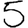
Digit: 5